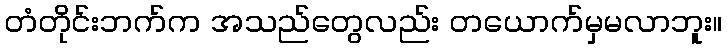
တံတိုင်းဘက်က အသည်တွေလည်း တယောက်မှမလာဘူး။